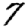
Digit: 7